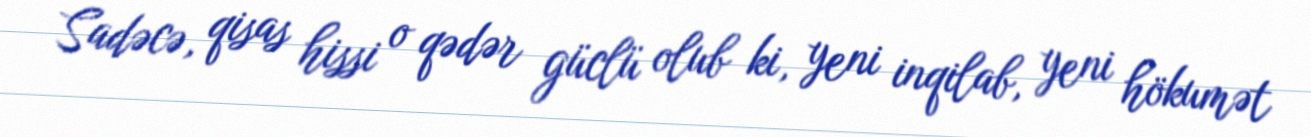
Sadəcə, qisas hissi o qədər güclü olub ki, yeni inqilab, yeni hökumət